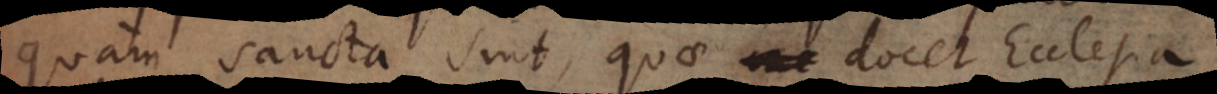
quam sancta sint, quae docet Ecclesia.